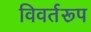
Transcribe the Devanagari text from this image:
विवर्तरूप